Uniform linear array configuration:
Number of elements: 8
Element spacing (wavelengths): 0.25
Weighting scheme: uniform
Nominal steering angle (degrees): -60
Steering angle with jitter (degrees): -58.327
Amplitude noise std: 0.05
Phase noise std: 0.05

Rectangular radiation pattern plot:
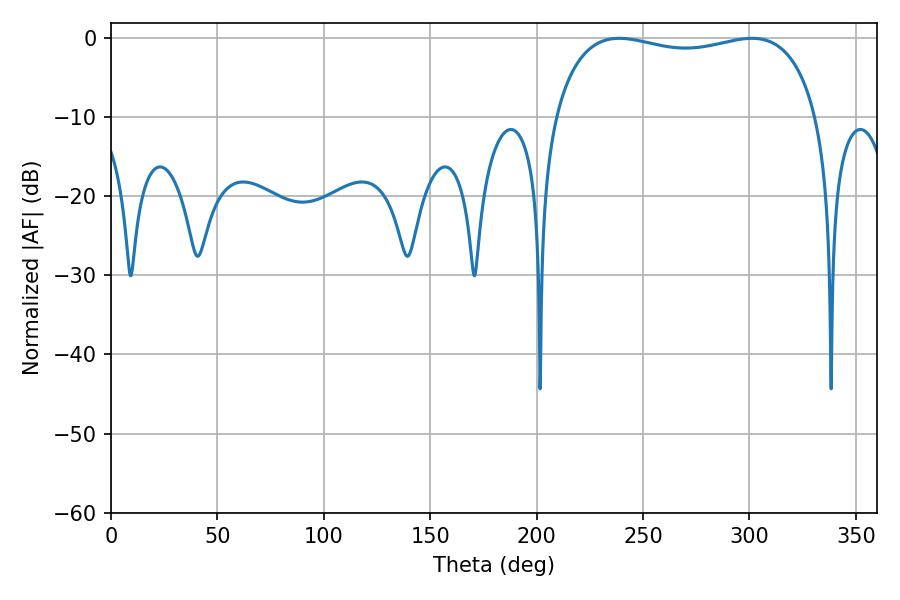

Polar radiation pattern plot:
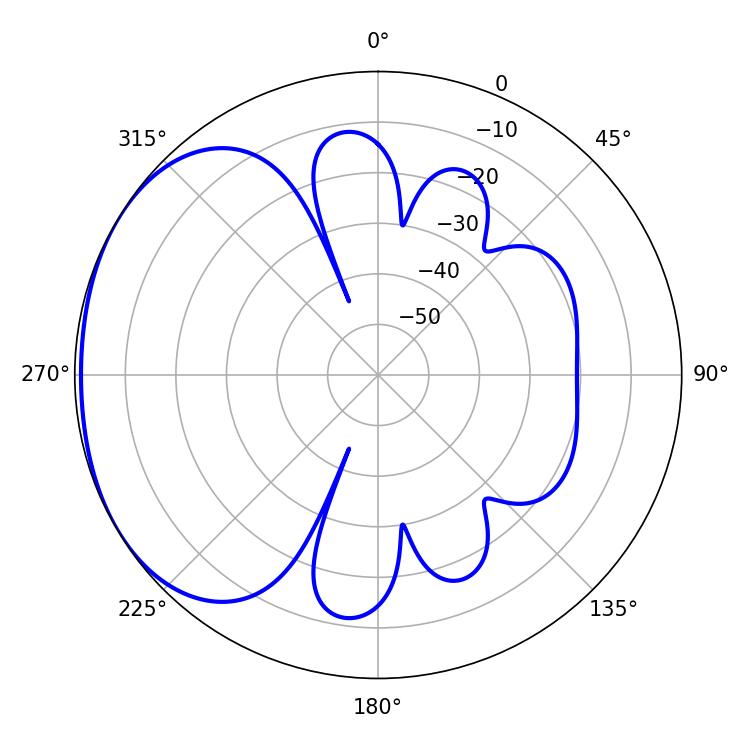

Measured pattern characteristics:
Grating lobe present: FALSE
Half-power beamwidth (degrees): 100.8
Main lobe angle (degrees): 238.86